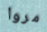
مروا